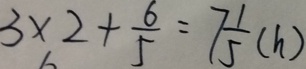
3 \times 2 + \frac { 6 } { 5 } = 7 \frac { 1 } { 5 } ( h )